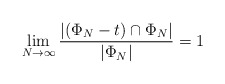
\begin{align*}\lim_{N \to \infty} \dfrac{|(\Phi_N - t) \cap \Phi_N|}{|\Phi_N|} = 1\end{align*}